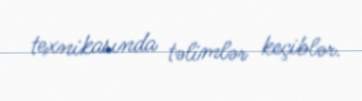
texnikasında təlimlər keçiblər.